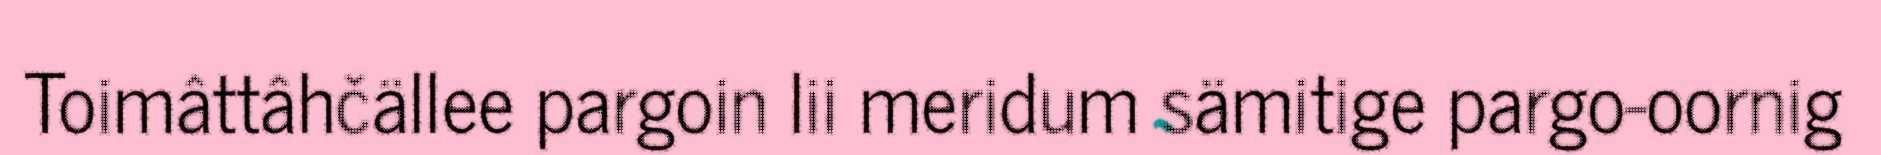
Toimâttâhčällee pargoin lii meridum sämitige pargo-oornig